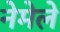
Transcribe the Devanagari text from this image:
नेमेले